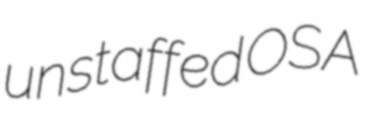
unstaffed OSA